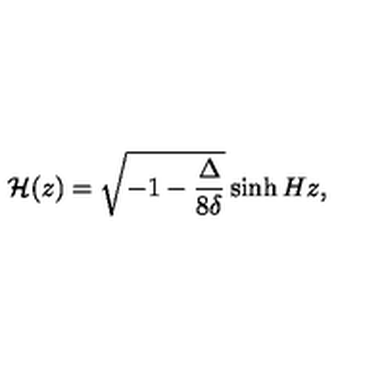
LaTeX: { \cal H } ( z ) = \sqrt { - 1 - \frac { \Delta } { 8 \delta } } \sinh { H z } ,